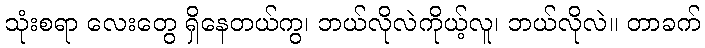
သုံးစရာ လေးတွေ ရှိနေတယ်ကွ၊ ဘယ်လိုလဲကိုယ့်လူ၊ ဘယ်လိုလဲ။ တာခက်